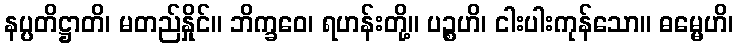
နပ္ပတိဋ္ဌာတိ၊ မတည်နှိုင်။ ဘိက္ခဝေ၊ ရဟန်းတို့။ ပဉ္စဟိ၊ ငါးပါးကုန်သော။ ဓမ္မေဟိ၊